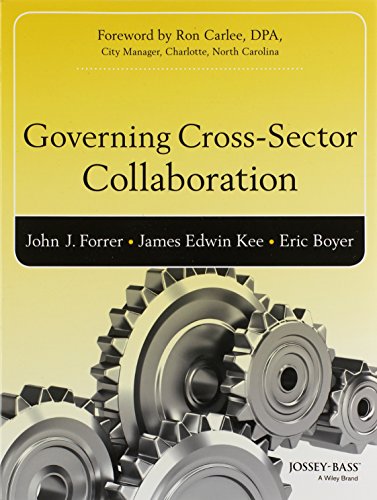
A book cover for Governing Cross-Sector Collaboration (Bryson Series in Public and Nonprofit Management); John Forrer; Business & Money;